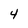
Character: 4